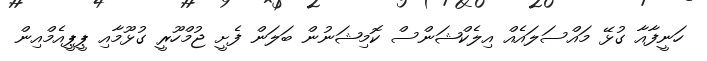
ހަނީފާއާ ގުޅޭ މައްސަލައެއް އިލެކްޝަންސް ކޮމިޝަނުން ބަލަން ފެށީ ޖުމްހޫރީ ގުޅޫމާއި ޕީޕީއެމްއިން